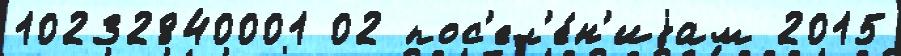
10232840001 02 пос'ел'е́н'иjам 2015